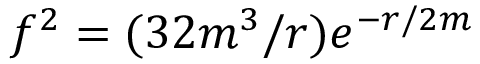
f ^ { 2 } = ( 3 2 m ^ { 3 } / r ) e ^ { - r / 2 m }